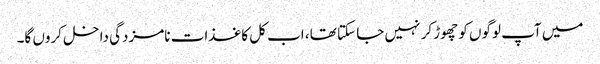
میں آپ لوگوں کو چھوڑ کر نہیں جا سکتا تھا، اب کل کاغذات نامزدگی داخل کروں گا۔